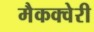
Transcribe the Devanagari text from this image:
मैकक्वेरी